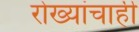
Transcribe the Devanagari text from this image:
रोख्यांचाही